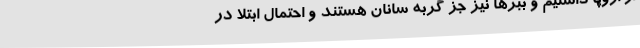
از اروپا داشتیم و ببرها نیز جز گربه سانان هستند و احتمال ابتلا در